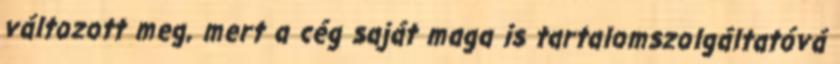
változott meg, mert a cég saját maga is tartalomszolgáltatóvá